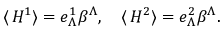
\langle \, H ^ { 1 } \rangle = e _ { \Lambda } ^ { 1 } \beta ^ { \Lambda } , \quad \langle \, H ^ { 2 } \rangle = e _ { \Lambda } ^ { 2 } \beta ^ { \Lambda } .